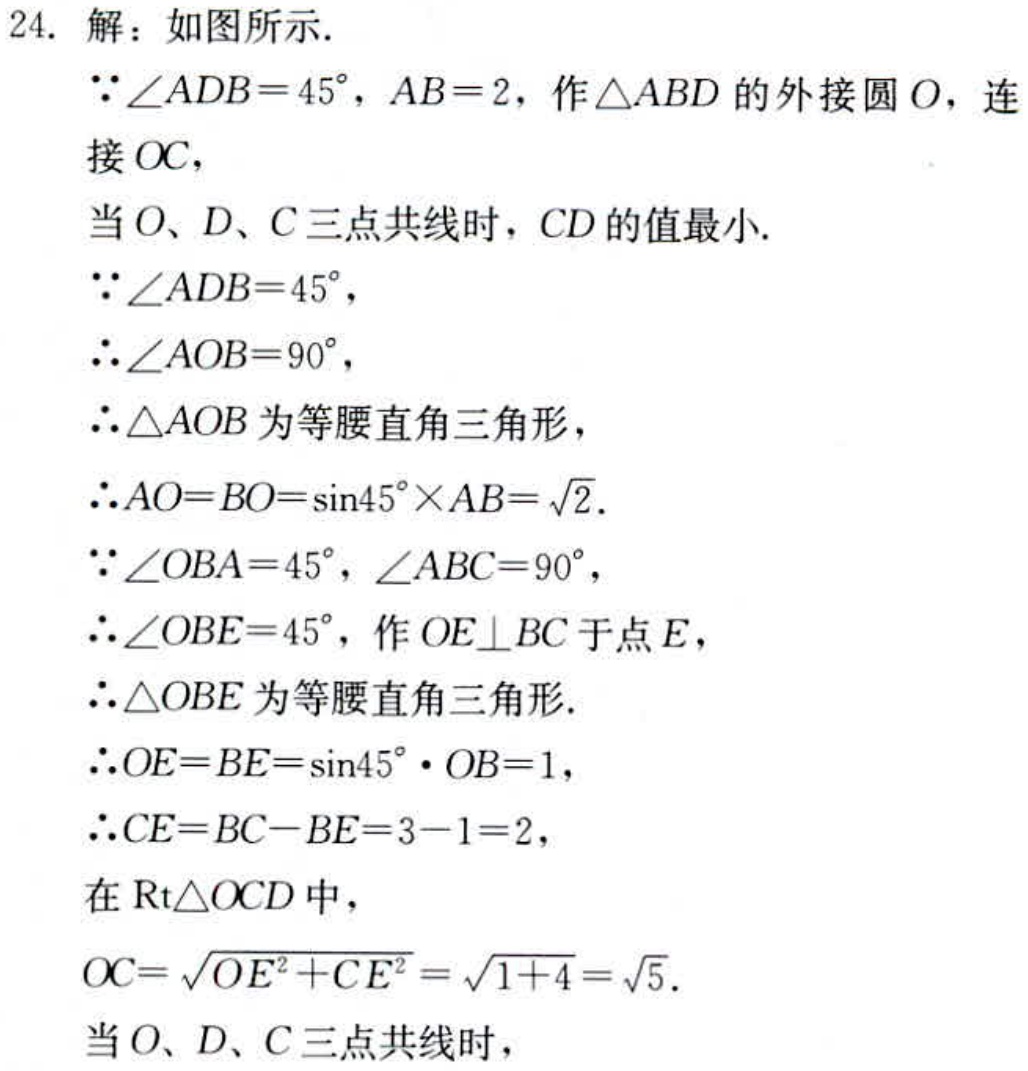
24. 解：如图所示.
$\because\angle ADB = 45^{\circ},AB = 2$，作$\triangle ABD$的外接圆$O$，连接$OC$，
当$O、D、C$三点共线时，$CD$的值最小.
$\because\angle ADB = 45^{\circ}$，
$\therefore\angle AOB = 90^{\circ}$，
$\therefore\triangle AOB$为等腰直角三角形，
$\therefore AO = BO=\sin45^{\circ}\times AB=\sqrt{2}$.
$\because\angle OBA = 45^{\circ},\angle ABC = 90^{\circ}$，
$\therefore\angle OBE = 45^{\circ}$，作$OE\perp BC$于点$E$，
$\therefore\triangle OBE$为等腰直角三角形.
$\therefore OE = BE=\sin45^{\circ}\cdot OB = 1$，
$\therefore CE = BC - BE = 3 - 1 = 2$，
在$\text{Rt}\triangle OCD$中，
$OC=\sqrt{OE^{2}+CE^{2}}=\sqrt{1 + 4}=\sqrt{5}$.
当$O、D、C$三点共线时，